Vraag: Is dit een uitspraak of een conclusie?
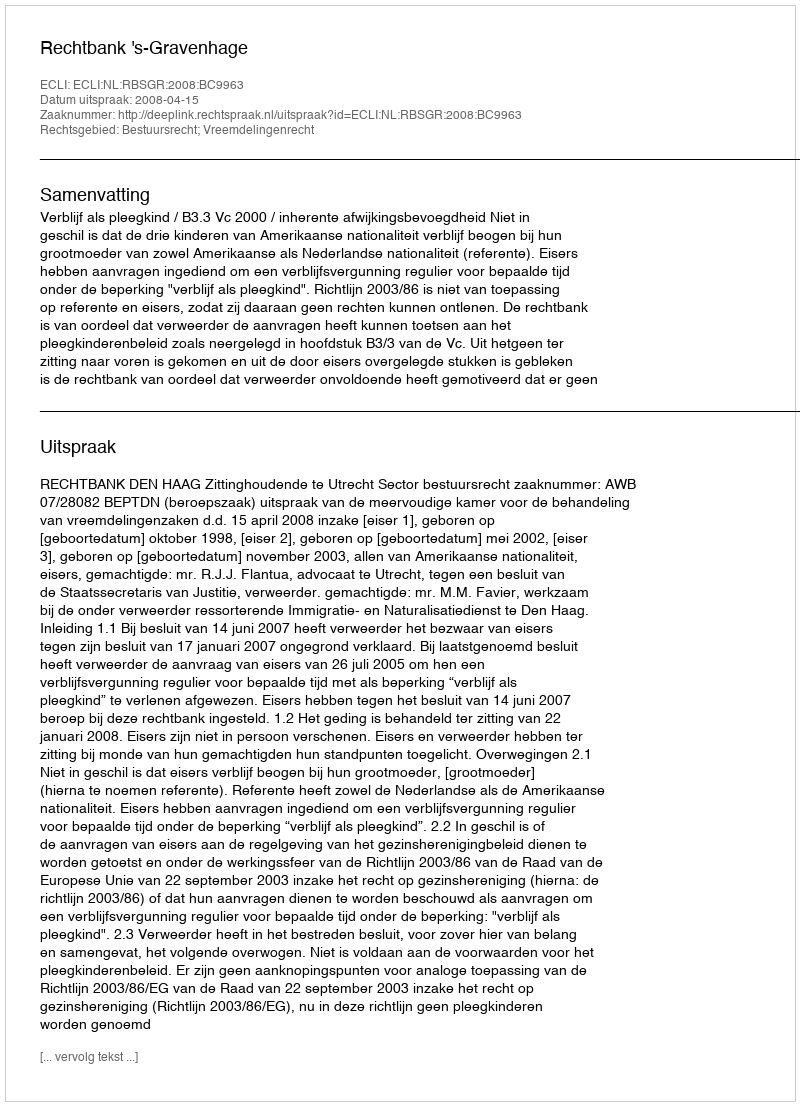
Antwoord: Uitspraak